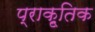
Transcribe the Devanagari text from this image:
प्राकृ्तिक